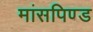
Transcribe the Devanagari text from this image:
मांसपिण्ड